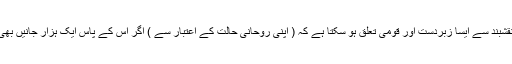
مثلاً کسی شخص کا حضرت محمد بہاء الدین نقشبند سے ایسا زبردست اور قومی تعلق ہو سکتا ہے کہ ( اپنی روحانی حالت کے اعتبار سے ) اگر اس کے پاس ایک ہزار جانیں بھی ہوتیں تو وہ ان کی محبت میں قربان کر دیتا ۔